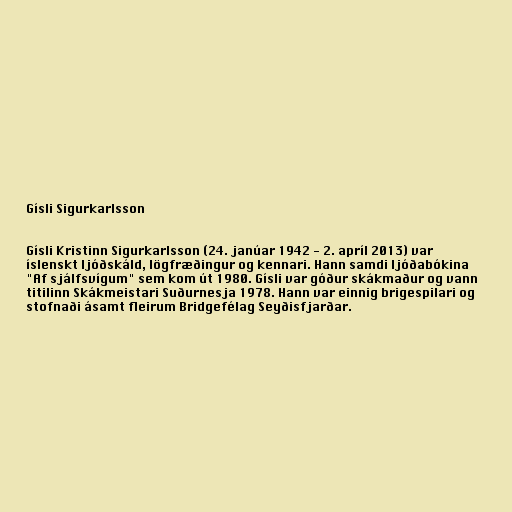
Gísli Sigurkarlsson

Gísli Kristinn Sigurkarlsson (24. janúar 1942 - 2. apríl 2013) var
íslenskt ljóðskáld, lögfræðingur og kennari. Hann samdi ljóðabókina
"Af sjálfsvígum" sem kom út 1980. Gísli var góður skákmaður og vann
titilinn Skákmeistari Suðurnesja 1978. Hann var einnig brigespilari og
stofnaði ásamt fleirum Bridgefélag Seyðisfjarðar.